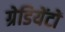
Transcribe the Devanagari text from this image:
ग्रेडियेंटों